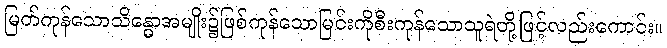
မြတ်ကုန်သောသိန္ဓောအမျိုး၌ဖြစ်ကုန်သောမြင်းကိုစီးကုန်သောသူရဲတို့ဖြင့်လည်းကောင်း။